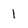
Character: 1